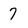
Character: 7